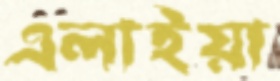
এলাইয়া